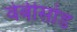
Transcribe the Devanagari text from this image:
वेबीसोड